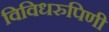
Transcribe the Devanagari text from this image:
विविधरुपिणी